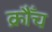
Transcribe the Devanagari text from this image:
क्रौँच